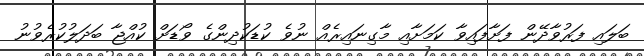
ބަލައި ފަރުވާދޭން ފަށާފައިވާ ކަމަށާއި މާގިނައިރެއް ނުވެ ކުޑަކުދިންގެ ވޯޑަށް ކުއްޖާ ބަދަލުކުރެވުނު